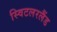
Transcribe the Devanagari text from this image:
स्विटलरलैंड